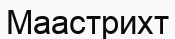
Маастрихт